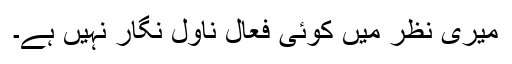
میری نظر میں کوئی فعال ناول نگار نہیں ہے۔